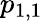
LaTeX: p_{1,1}